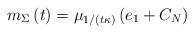
LaTeX: \begin{align*}m_{\Sigma}\left( t\right) =\mu_{1/(t\kappa)}\left(e_{1}+C_{N}\right) \end{align*}